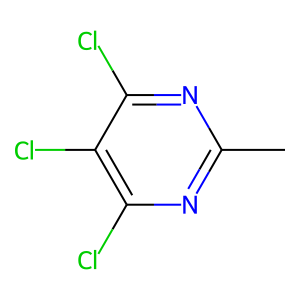
SMILES: Cc1nc(Cl)c(Cl)c(Cl)n1
Inhibits HIV replication: No